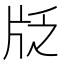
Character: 𱭚